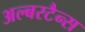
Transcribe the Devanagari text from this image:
अल्बरटैन्स